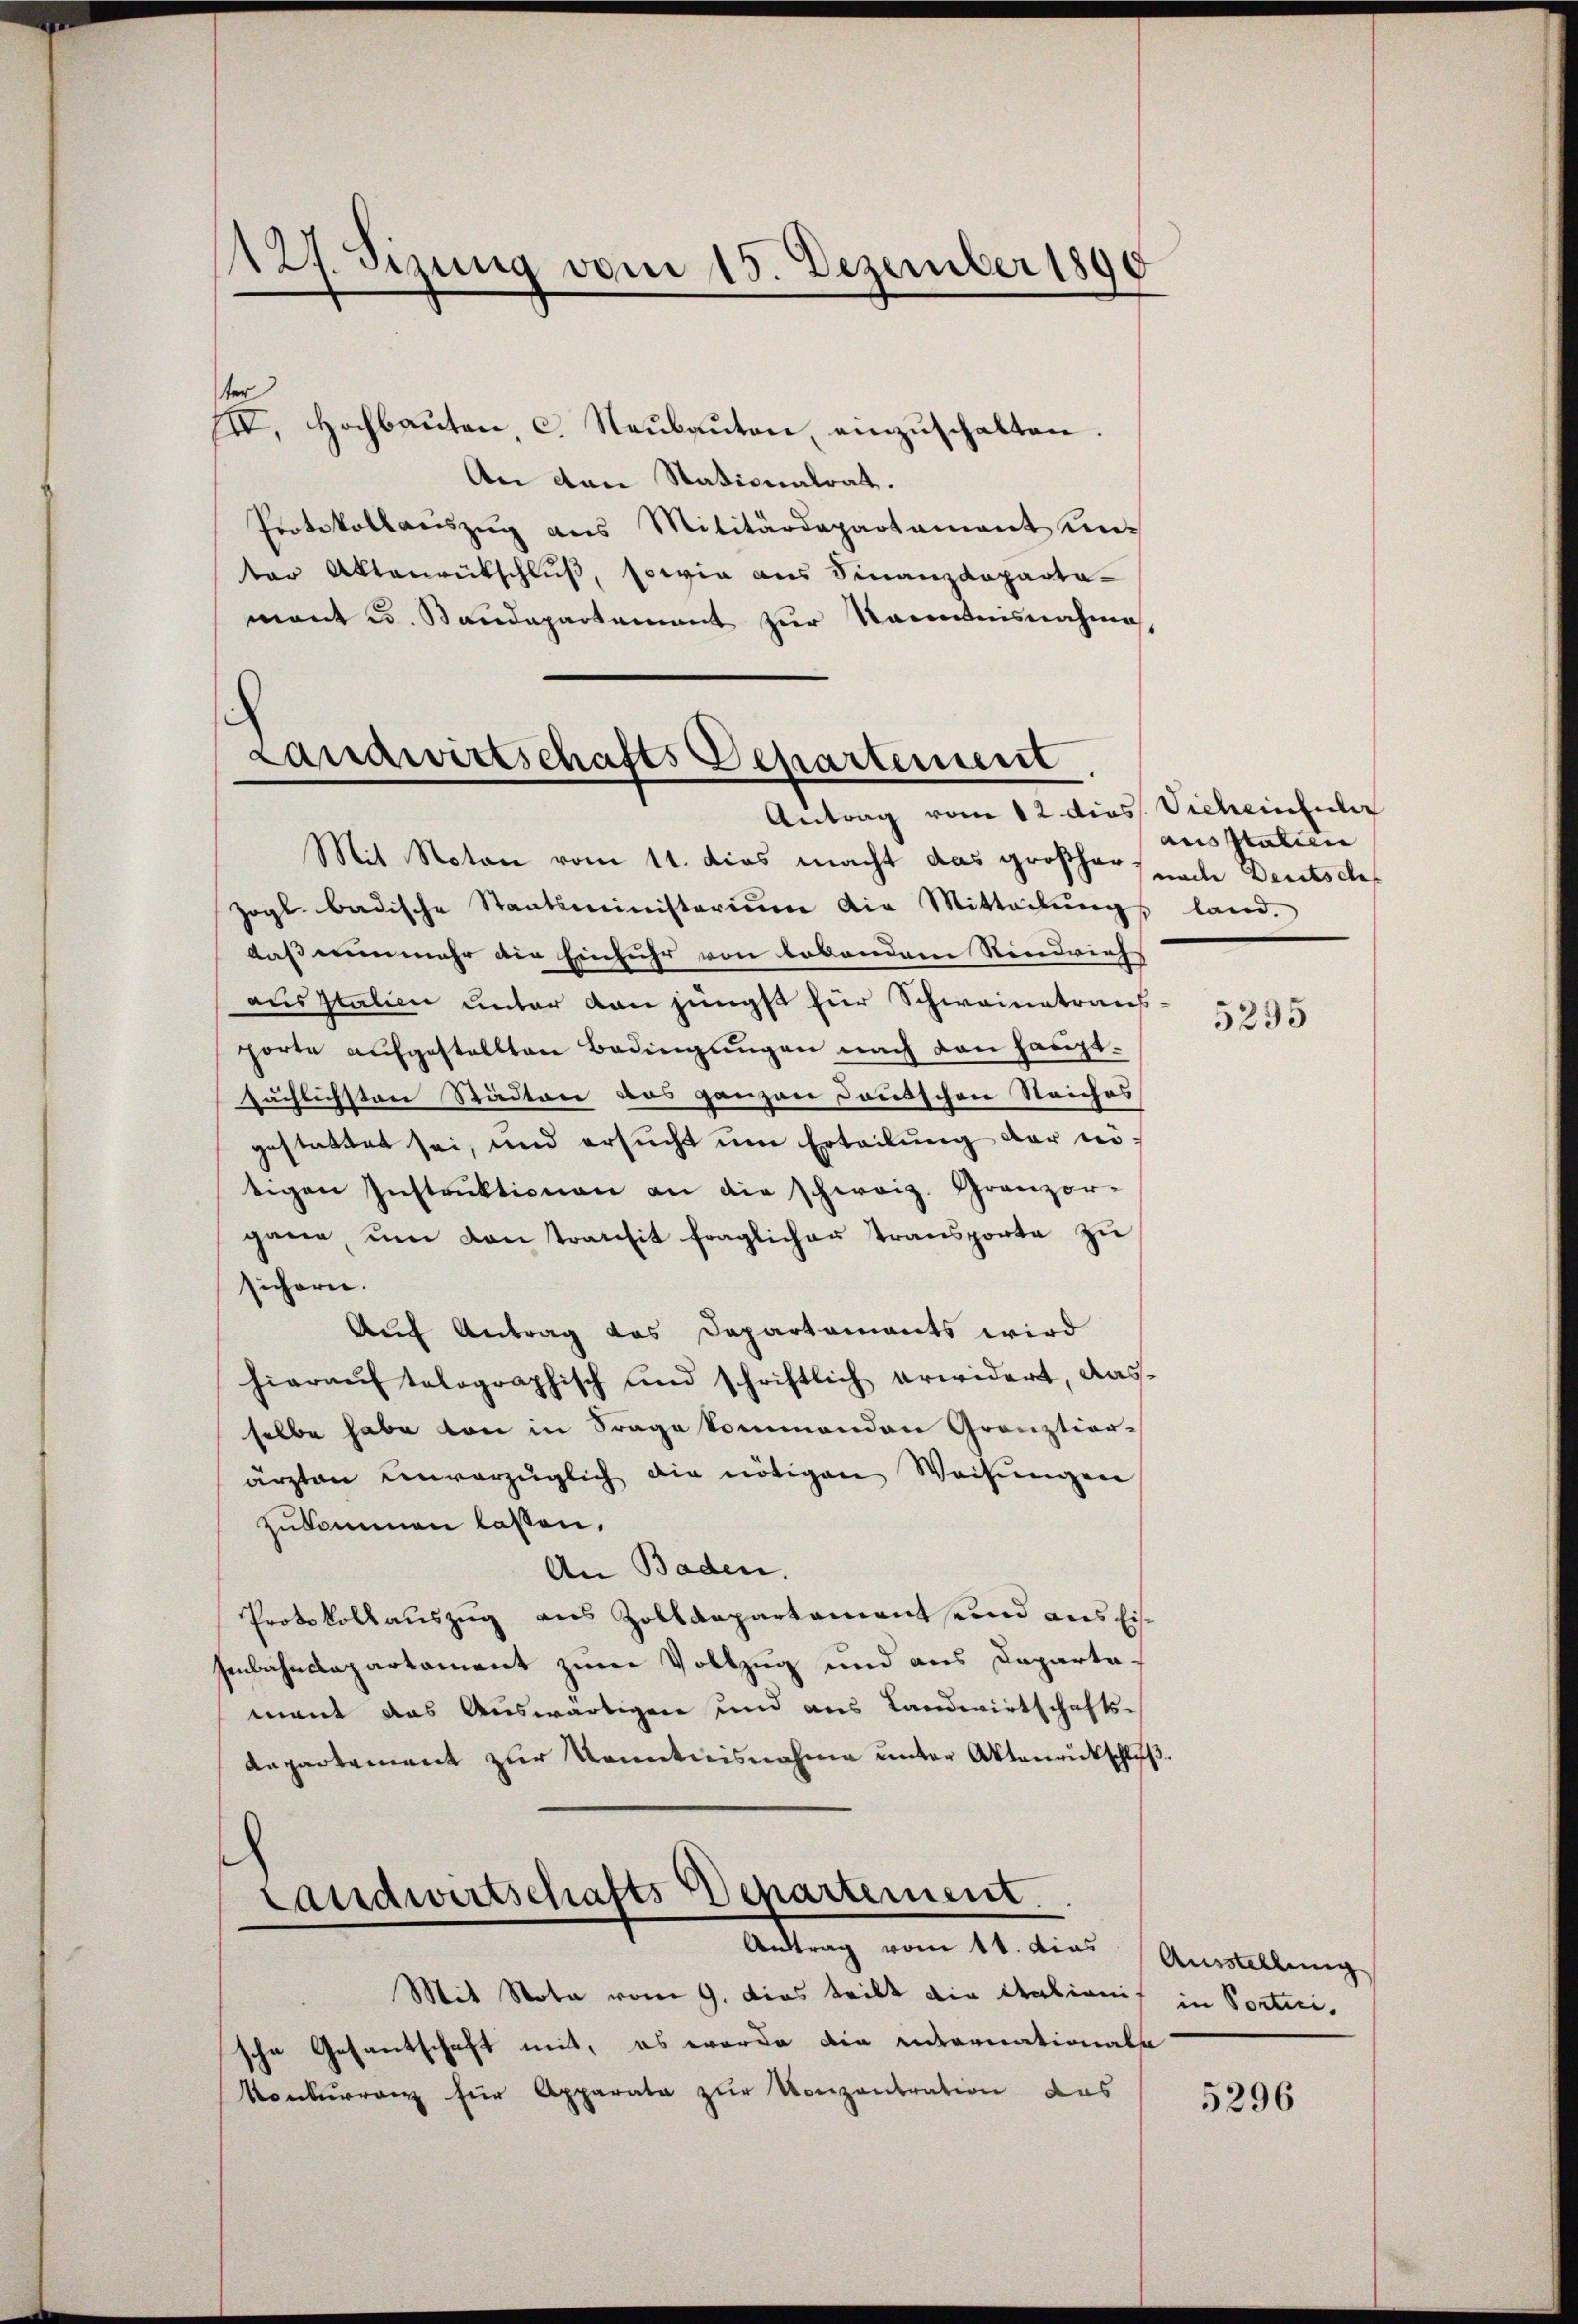
127. Sizung vom 15. Dezember 1890

ter
III. Hochbaŭten c. Neŭbaŭton, einzŭschalten.
An den Nationalrat.
Protokollauszug aus Militärdepartament un-
ter Aktenrütschluß, sowie aus Finanzdeparta-
mant u. Standepartement zur Kenntnisnahme,

Landwirtschafts Departement
Antrag vom 12 dies Vieheintuler

Mit Noton vom 11. dies macht das großher, nache Deutsch¬
Zogl badische Staatsministerium die Mitteilŭngs land.
daß nunmehr die Einfuhr von lebendem Rindvieh
ausstation unter von jüngst für Schwainatrans-
porte aufgestellten Bedingungen nach den hauptsächlichsten Städten das ganzen donischen Reiches
gestattet sei, und ersucht um Erteilung der nötigen Instrŭktionen an die schweiz. Gränz(...)
gane, um von transit fraglicher Transporte zu
sichern.
Auf Antrag das Departaments wird
hierauf tolographisch und schriftlich erwidert, dasselbe habe von in Frage kommenden Grenztior-
ärzten einverzüglich die nötigen Weisŭngen
zukommen lassen.
An Baden.
Protokollaŭszŭg aŭs Zolldepartamant und aus Eis
senbahndepartament zum Vollzug und aus Departamant das Auswärtigen und aus Landwirtschafts¬
Repartement zur Kenntnisnahme unter Aktenrückschluß.
¬
Landwirtschafts Departement
Antrag vom 11. dies Ausstellung
Mit Nota vom 9. Dies teilt die Kalionis in Portici
sche Gesantschaft mit, es worde die internationals
Konkurrenz für Apparata zur Konzentration das

ausstatien

5295

5296